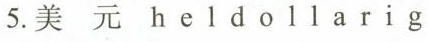
5.美 元 h e l d o 11 a r i g